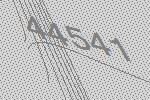
44541